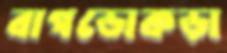
বাগডোকড়া